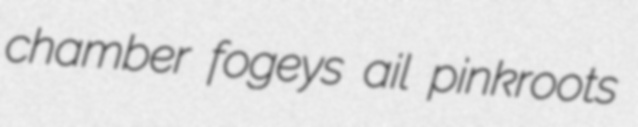
chamber fogeys ail pinkroots